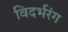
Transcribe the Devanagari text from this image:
विदर्भरंग